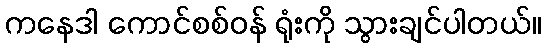
ကနေဒါ ကောင်စစ်ဝန် ရုံးကို သွားချင်ပါတယ်။